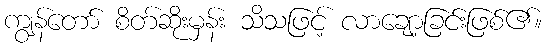
ကျွန်တော် စိတ်ဆိုးမှန်း သိသဖြင့် လာချော့ခြင်းဖြစ်၏။